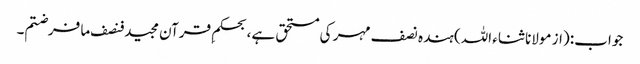
جواب: (از مولانا ثناء اللہ) ہندہ نصف مہر کی مستحق ہے، بحکمِ قرآن مجید فنصف ما فرضتم۔